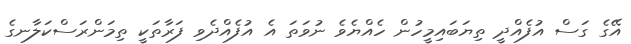
އޭގެ ގަސް އުފެއްދީ ތިޔަބައިމީހުން ހެއްޔެވެ ނުވަތަ އެ އުފެއްދެވި ފަރާތަކީ ތިމަންރަސްކަލާނގެ